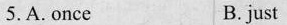
5.A. Oncc B. just